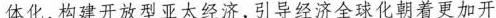
体化，构建开放型亚太经济，引导经济全球化朝着更加开